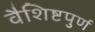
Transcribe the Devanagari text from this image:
वैशिष्टपुर्ण